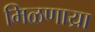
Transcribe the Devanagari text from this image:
मिळणाय्रा